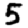
Digit: 5